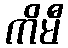
ကိမီ